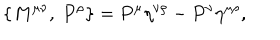
LaTeX: \{ M ^ { \mu \nu } , \ P ^ { \rho } \} = P ^ { \mu } \eta ^ { \nu \rho } - P ^ { \nu } \eta ^ { \mu \rho } ,